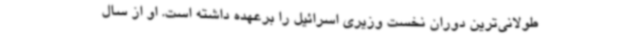
طولانی‌ترین دوران نخست وزیری اسرائیل را برعهده داشته است. او از سال